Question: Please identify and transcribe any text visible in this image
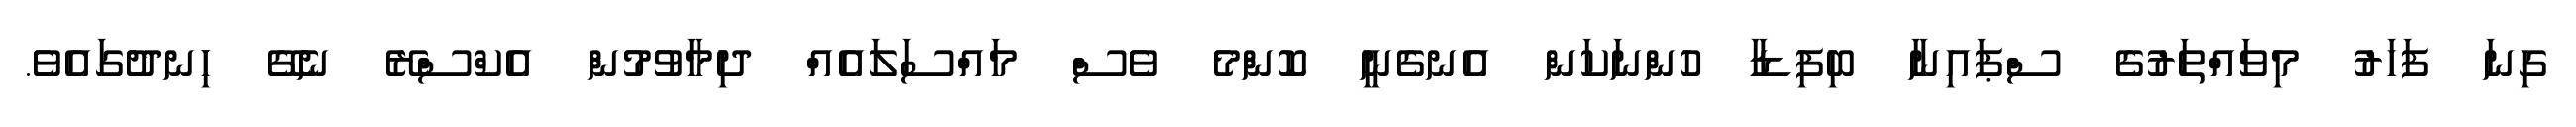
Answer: ގިނަ ފަހަރު މިވައްތަރުގެ ސްޕައިނާ ބިފިޑާ ހުންނަކަން އެނގެނީ ކޮންމެ ވެސް މައްސަލައެއް ދިމާވުމުން އެކްސްރޭ ނެގޭ ހިނދުގައެވެ.